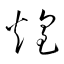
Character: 煌